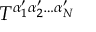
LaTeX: T ^ { \alpha _ { 1 } ^ { \prime } \alpha _ { 2 } ^ { \prime } \phantom { q } \! \! \! \dots \alpha _ { N } ^ { \prime } }